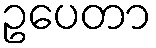
ဥပေတာ